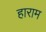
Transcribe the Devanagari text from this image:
हाराम